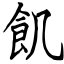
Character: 飢